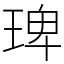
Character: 琕